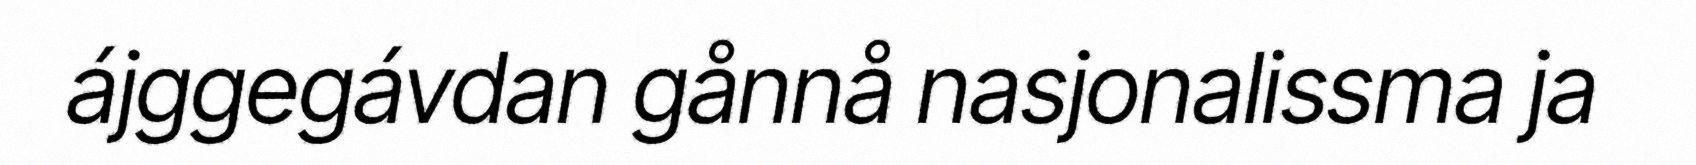
ájggegávdan gånnå nasjonalissma ja